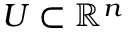
U \subset \mathbb { R } ^ { n }